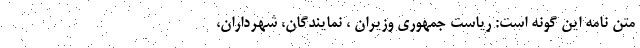
متن نامه این گونه است: ریاست جمهوری وزیران ، نمایندگان، شهرداران،